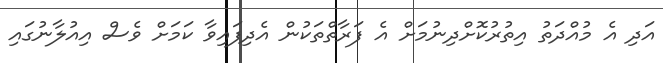
އަދި އެ މުއްދަތު އިތުރުކޮށްދިނުމަށް އެ ފަރާތްތަކުން އެދިފައިވާ ކަމަށް ވެސް އިއުލާނުގައި